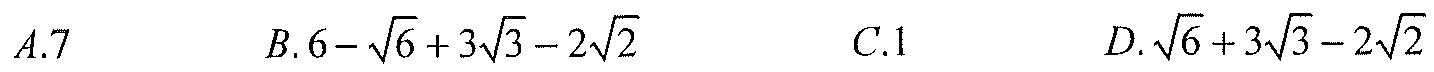
$A.7$  $\qquad B.6 - \sqrt{6}+3\sqrt{3}-2\sqrt{2}$  $\qquad C.1$  $\qquad D.\sqrt{6}+3\sqrt{3}-2\sqrt{2}$